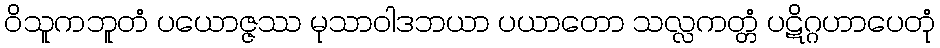
ဝိသူကဘူတံ ပယောဇ္ဇဿ မုသာဝါဒဘယာ ပယာတော သလ္လကတ္တံ ပဋိဂ္ဂဟာပေတုံ